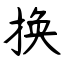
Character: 换